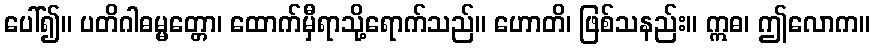
ပေါ်၍။ ပတိဂါဓမ္မတ္တော၊ ထောက်မှီရာသို့ရောက်သည်။ ဟောတိ၊ ဖြစ်သနည်း။ ဣဓ၊ ဤလောက။